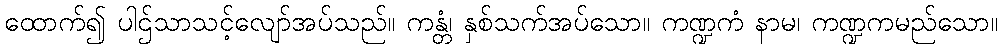
ထောက်၍ ပါဌ်သာသင့်လျော်အပ်သည်။ ကန္တံ၊ နှစ်သက်အပ်သော။ ကဏ္ဍကံ နာမ၊ ကဏ္ဍကမည်သော။